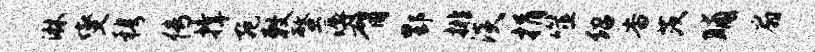
淋燮穆传撑宛敕螯溽臂酆排淡捐噬绍杳茨晡扇